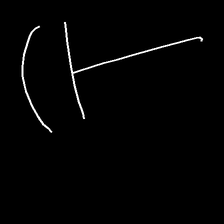
Glyph: dispersion